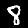
Digit: 8